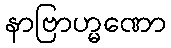
နာဗြာဟ္မဏော